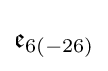
{\mathfrak {e}}_{6(-26)}